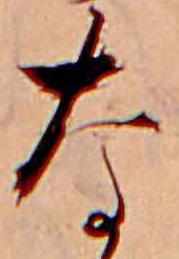
な